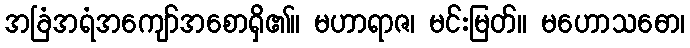
အခြံအရံအကျော်အစောရှိ၏။ မဟာရာဇ၊ မင်းမြတ်။ မဟောသဓော၊